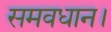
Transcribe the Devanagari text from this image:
समवधान।